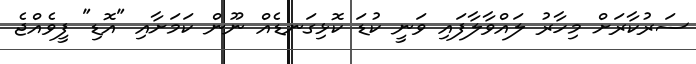
ސަރުކާރަށް މިހާރު ލައްވާލާފައި ވަނީ ކުޑަ ކޮޅިގަނޑެއް ނޫން ކަމަށާއި "އޮޑި" ފީވެއްޖެ